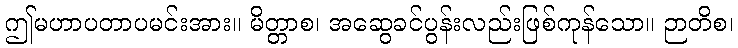
ဤမဟာပတာပမင်းအား။ မိတ္တာစ၊ အဆွေခင်ပွန်းလည်းဖြစ်ကုန်သော။ ဉာတိစ၊